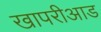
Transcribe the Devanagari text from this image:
खापरीआड